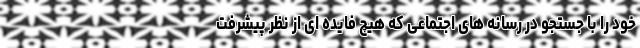
خود را با جستجو در رسانه‌ های اجتماعی که هیچ فایده ‌ای از نظر پیشرفت